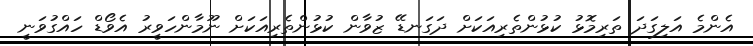
އެންމެ އަލިގަދަ ތަރިމޮޅު ކުޅުންތެރިއަކަށް ދަގަނޑޭ ޒުވާން ކުޅުންތެރިއަކަށް ނޫމާންހަވީރު އެވޯޑް ހައްގުވަނީ